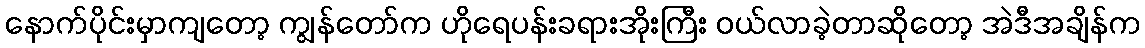
နောက်ပိုင်းမှာကျတော့ ကျွန်တော်က ဟိုရေပန်းခရားအိုးကြီး ဝယ်လာခဲ့တာဆိုတော့ အဲဒီအချိန်က